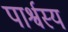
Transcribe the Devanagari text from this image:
पार्श्वस्य